Report on vaccination in the Province of Bengal - 1874-1889
Year: 1874
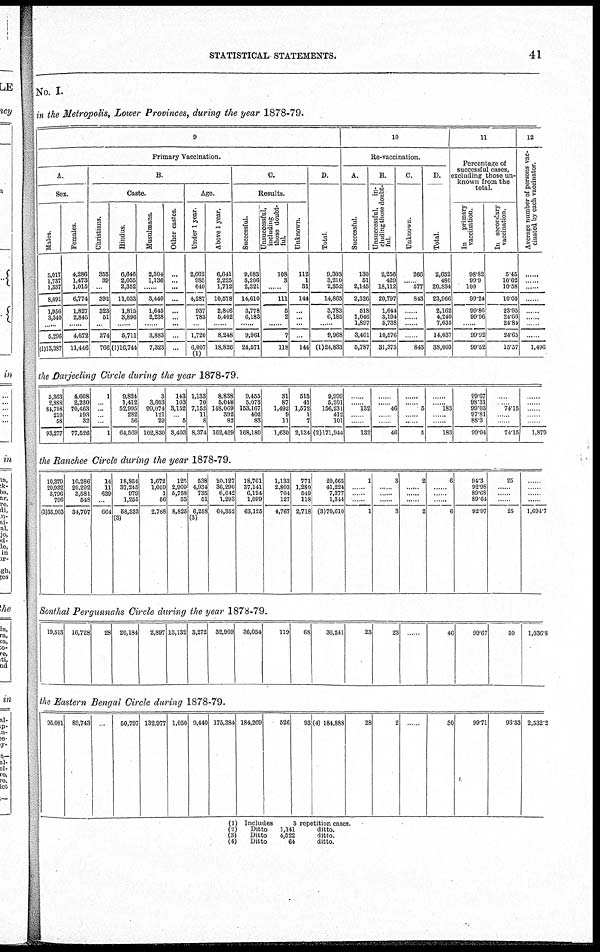
STATISTICAL STATEMENTS.
41
No. I.
in the Metropolis, Lower Provinces, during the year 1878-79.
9
Primary Vaccination.
A.
Sex.
Males.
5,017
1,737
1,337
8,091
1,956
3,310
......
5,296
(1)13,387
Females.
4,286
1,473
1,015
6,774
1,827
2,845
......
4,672
11,446
B.
Caste.
Christians.
353
39
...
392
323
51
......
374
766
Hindus.
6,646
2,035
2,852
11,033
1,815
3,896
......
6,711
(1)16,744
Musulmans.
2,304
1,136
......
3,440
1,645
2,238
......
3,883
7,323
Other castes.
...
...
...
...
...
...
...
...
...
Age.
Under 1 year.
2,662
985
640
4,287
937
783
......
1,720
6,007
(1)
Above 1 year.
6,641
2,225
1,712
10,578
2,846
5,402
......
8,248
18,826
C.
Results.
Successful.
9,083
3,206
2,321
14,610
3,778
6,183
......
9,961
24,671
Unsuccessful,
including
those doubt-
ful.
108
3
......
111
5
2
......
7
118
Unknown.
112
1
31
144
...
...
...
...
144
D.
Total.
9,303
3,210
2,352
14,865
3,783
6,185
......
9,968
(1)24,833
10
Re-vaccination.
A.
Successful.
130
51
2,145
2,326
518
1,046
1,897
3,461
5,787
B.
Unsuccessful,
in-
cluding those doubt-
ful.
2,256
429
18,112
20,797
1,644
3,194
5,738
10,576
31,373
C.
Unknown.
266
......
577
843
......
......
......
......
843
D.
Total.
2,052
480
20,834
23,966
2,162
4,240
7,635
14,037
38,003
11
Percentage of
successful cases,
excluding those un-
known from the
total.
In
primary
vaccination.
98.82
99.9
100
99.24
99.86
99.96
......
99.92
99.52
In secondary
vaccination.
5.45
10.62
10.58
10.05
23.95
24.66
24.84
24.65
15.37
12
Average number of persons vac-
cinated by each vaccinator.
......
......
......
......
......
......
......
......
1,496
the Darjeeling Circle during the year 1878-79.
5,863
2,888
84,758
210
58
93,277
4,608
2,230
70,463
193
32
77,626
1
...
...
...
...
1
9,824
1,412
52,995
282
56
64,569
3
3,603
99,074
121
29
102,830
143
103
3,152
......
5
3,403
1,133
70
7,152
11
8
8,374
8,838
5,048
148,069
392
82
162,429
9,455
5,073
163,167
402
83
168,180
31
87
1,492
9
11
1,630
513
41
1,572
1
7
2,134
9,999
5,201
156,231
412
101
(2)171,944
......
......
132
......
......
132
......
......
46
......
......
46
......
......
5
......
......
5
......
......
183
......
......
183
99.67
98.31
99.03
97.81
88.3
99.04
......
74.15
74.15
......
......
......
......
......
1,879
the Ranchee Circle during the year 1878-79.
10,379
20,932
3,796
796
(3)35,903
10,286
20,292
3,581
548
34,707
14
11
639
...
664
18,854
37,245
979
1,255
68,333
(3)
1,672
1,059
1
56
2,788
125
2,909
5,758
33
8,825
538
4,934
735
61
6,258
(3)
20,127
36,290
6,642
1,293
64,352
18,761
37,141
6,124
1,099
63,125
1,133
2,803
704
127
4,767
771
1,280
549
118
2,718
20,665
41,224
7,377
1,344
(3)70,610
1
......
......
......
1
3
......
......
......
3
2
......
......
......
2
6
......
......
......
6
94.3
92.98
89.68
89.64
92.97
25
......
......
......
25
......
......
......
......
1,691.7
Sonthal Pergunnahs Circle during the year 1878-79.
19,513 16,728
28 20,184
2,897 13,132 3,272 32,969
36,054
119
68
36,241
23
23
......
46
99.67
50
1,036.8
the Eastern Bengal Circle during 1878-79.
95,081 89,743
...
50,797 132,977 1,050 9,440 175,384 184,269
526
93 (4) 184,888
28
2
......
30
99.71
93.33 2,532.2
(1)
(2)
(3)
(4)
Includes
5 repetition cases.
Ditto
Ditto
Ditto
1,141
4,522
64
ditto.
ditto.
ditto.